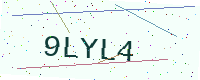
Text: 9LYL4